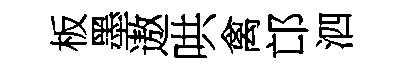
板墨遨哄禽邙泗